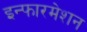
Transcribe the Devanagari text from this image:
इन्फारमेशन